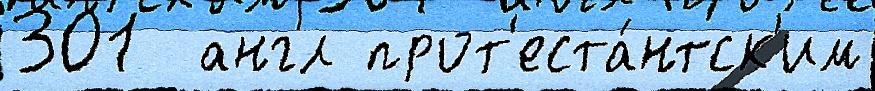
301  англ прот'еста́нтск'им